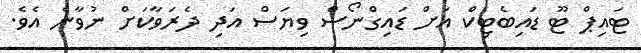
ޓައިޕް ޓޫ ޑައިބެޓިކް އަށް ޑައިގްނޯސް ވިޔަސް އަދި ދެރަވާކަށް ނުވާނެ އެވެ.